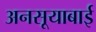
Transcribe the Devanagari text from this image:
अनसूयाबाई